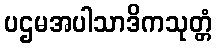
ပဌမအပါသာဒိကသုတ္တံ